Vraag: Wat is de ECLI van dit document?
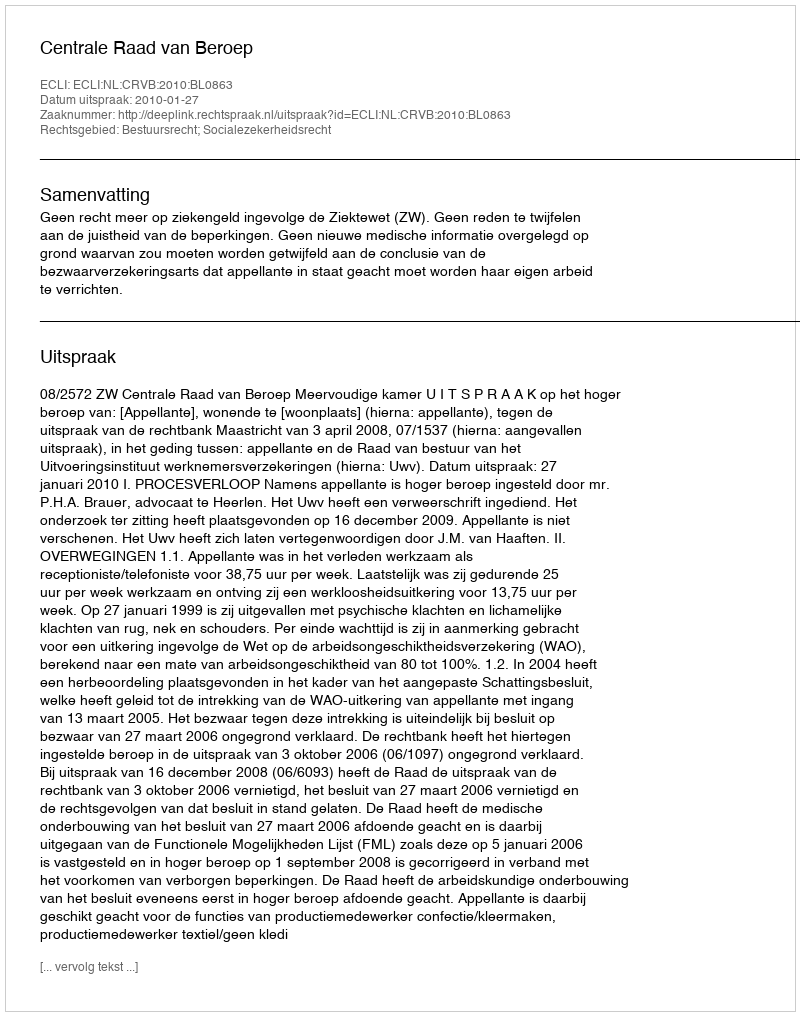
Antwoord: ECLI:NL:CRVB:2010:BL0863